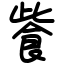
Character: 飺